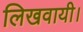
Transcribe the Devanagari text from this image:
लिखवायी।